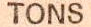
TONS